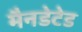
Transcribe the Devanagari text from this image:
मैनडेटेड